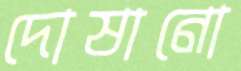
দোষানো